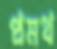
প্রমথ